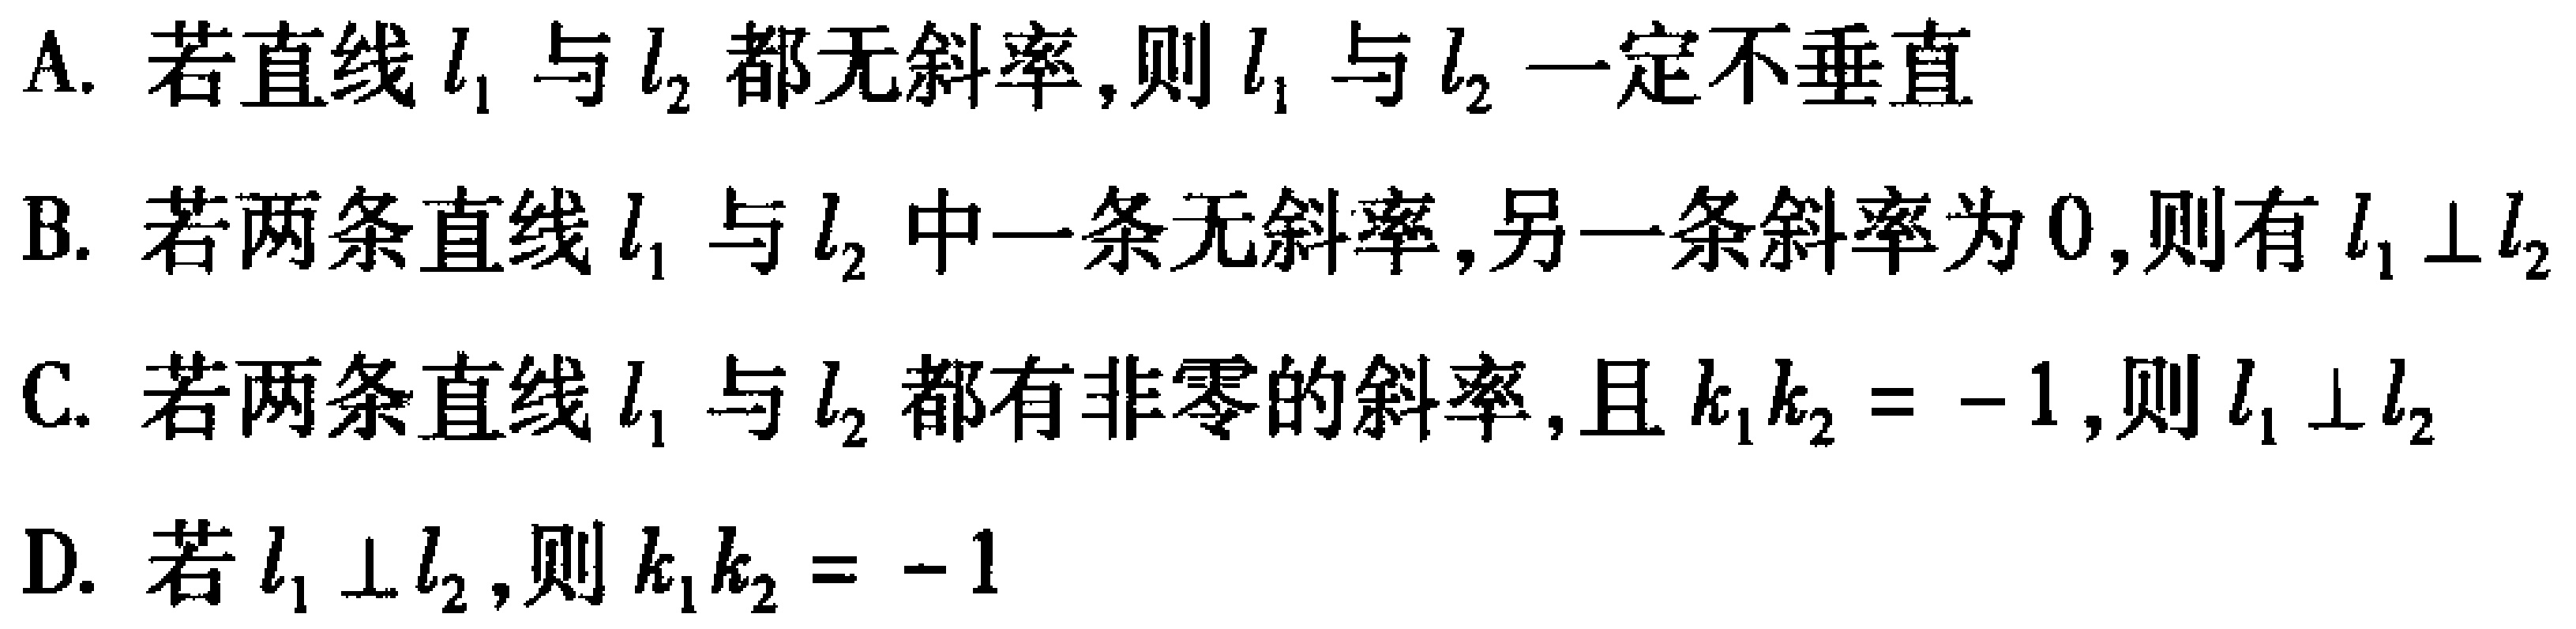
A. 若直线\(l_{1}\)与\(l_{2}\)都无斜率,则\(l_{1}\)与\(l_{2}\)一定不垂直
B. 若两条直线\(l_{1}\)与\(l_{2}\)中一条无斜率,另一条斜率为\(0\),则有\(l_{1}\perp l_{2}\)
C. 若两条直线\(l_{1}\)与\(l_{2}\)都有非零的斜率,且\(k_{1}k_{2} = - 1\),则\(l_{1}\perp l_{2}\)
D. 若\(l_{1}\perp l_{2}\),则\(k_{1}k_{2} = - 1\)